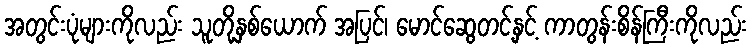
အတွင်းပုံများကိုလည်း သူတို့နှစ်ယောက် အပြင်၊ မောင်ဆွေတင့်နှင့် ကာတွန်းစိန်ကြီးကိုလည်း